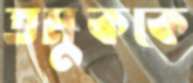
তমুককে